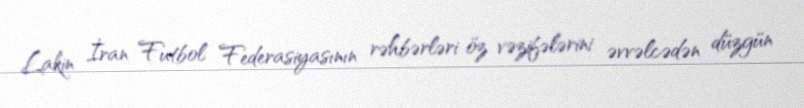
Lakin İran Futbol Federasiyasının rəhbərləri öz vəzifələrini əvvəlcədən düzgün